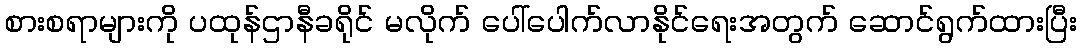
စားစရာများကို ပထုန်ဌာနီခရိုင် မလိုက် ပေါ်ပေါက်လာနိုင်ရေးအတွက် ဆောင်ရွက်ထားပြီး